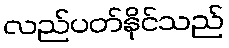
လည်ပတ်နိုင်သည်